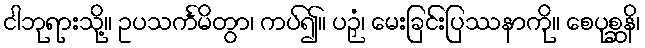
ငါဘုရားသို့။ ဥပသင်္ကမိတွာ၊ ကပ်၍။ ပဉှံ၊ မေးခြင်းပြဿနာကို။ စေပုစ္ဆနိ၊